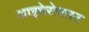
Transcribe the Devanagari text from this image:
आइबेरोगास्ट